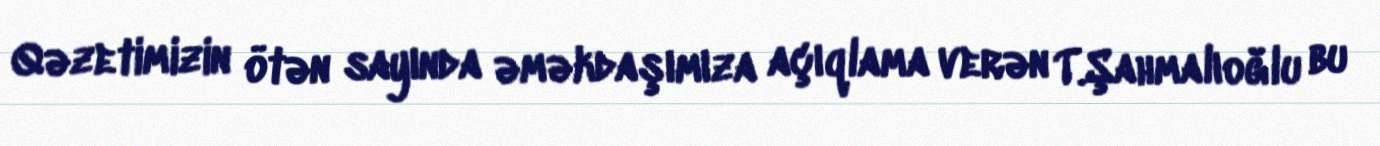
Qəzetimizin ötən sayında əməkdaşımıza açıqlama verən T.Şahmalıoğlu bu